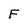
Character: F